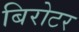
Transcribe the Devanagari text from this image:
बिरोटर